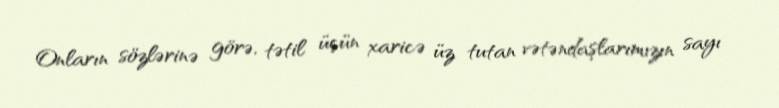
Onların sözlərinə görə, tətil üçün xaricə üz tutan vətəndaşlarımızın sayı